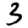
Digit: 3